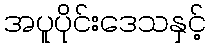
အပူပိုင်းဒေသနှင့်